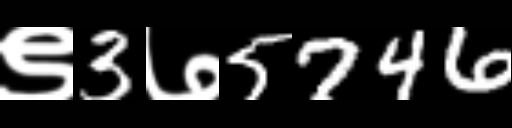
Text: ९3७5746